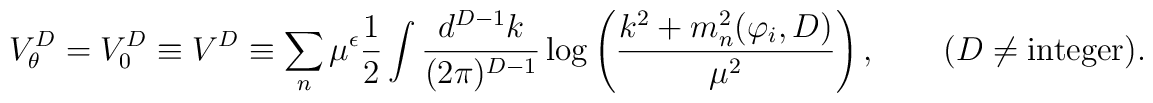
V^D_\theta = V_0^D \equiv V^D \equiv\sum_n \mu^{\epsilon}{1\over 2}\int {d^{D-1}      k\over      (2\pi)^{D-1}}\log\left({k^2 + m_n^2(\varphi_i,D)      \over\mu^2}\right),\quad \quad (D\neq {\rm integer}).